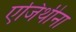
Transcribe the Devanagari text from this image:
एजिथीना